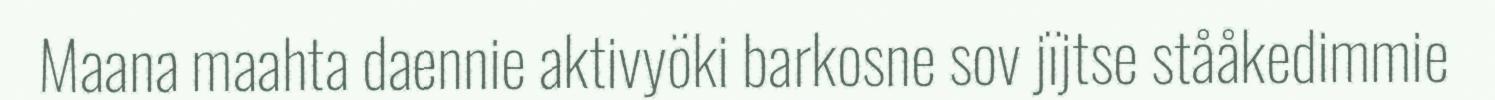
Maana maahta daennie aktivyöki barkosne sov jïjtse stååkedimmie